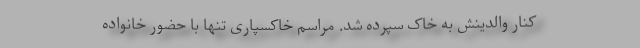
کنار والدینش به خاک سپرده شد. مراسم خاکسپاری تنها با حضور خانواده